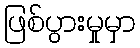
ဖြစ်ပွားမှုမှာ